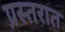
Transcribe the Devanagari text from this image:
प्रस्तरात